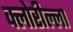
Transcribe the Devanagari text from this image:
क्लोरील्ला